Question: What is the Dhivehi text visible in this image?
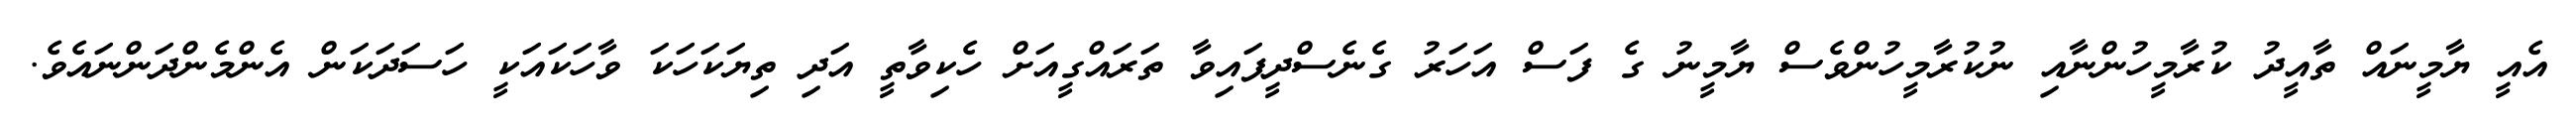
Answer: އެއީ ޔާމީނައް ތާއީދު ކުރާމީހުންނާއި ނުކުރާމީހުންވެސް ޔާމީނު ގެ ފަސް އަހަރު ގެނެސްދީފައިވާ ތަރައްގީއަށް ހެކިވާތީ އަދި ތިޔަކަހަކަ ވާހަކައަކީ ހަސަދަކަން އެންމެންދަންނައެވެ.